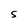
Character: S